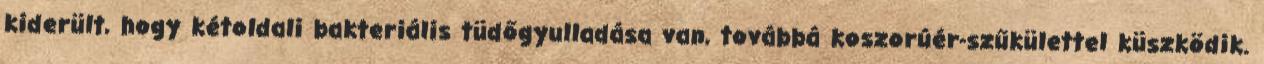
kiderült, hogy kétoldali bakteriális tüdőgyulladása van, továbbá koszorúér-szűkülettel küszködik.